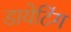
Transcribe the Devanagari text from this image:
डायेटिंग